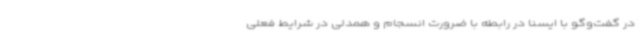
در گفت‌وگو با ایسنا در رابطه با ضرورت انسجام و همدلی در شرایط فعلی